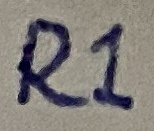
Text: R1